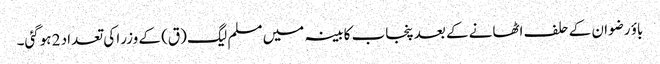
باؤ رضوان کے حلف اٹھانے کے بعد پنجاب کابینہ میں مسلم لیگ (ق) کے وزرا کی تعداد 2 ہوگئی۔